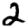
Digit: 2